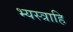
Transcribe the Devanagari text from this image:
भ्यस्त्राहि